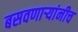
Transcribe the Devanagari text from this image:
बसवणाऱ्यांनीच